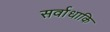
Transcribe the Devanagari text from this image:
सर्वाधाकि